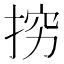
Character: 𭡅